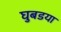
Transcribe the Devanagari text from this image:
घुबडया